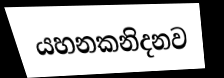
යහනකනිදනව